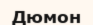
Дюмон